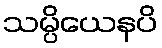
သမ္ပိယေနပိ